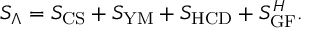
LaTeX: S _ { \Lambda } = S _ { \mathrm { C S } } + S _ { \mathrm { Y M } } + S _ { \mathrm { H C D } } + S _ { \mathrm { G F } } ^ { H } .